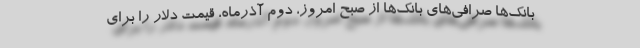
بانک‌ها صرافی‌های بانک‌ها از صبح امروز، دوم آذرماه، قیمت دلار را برای